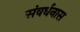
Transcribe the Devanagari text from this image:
संवर्धनास